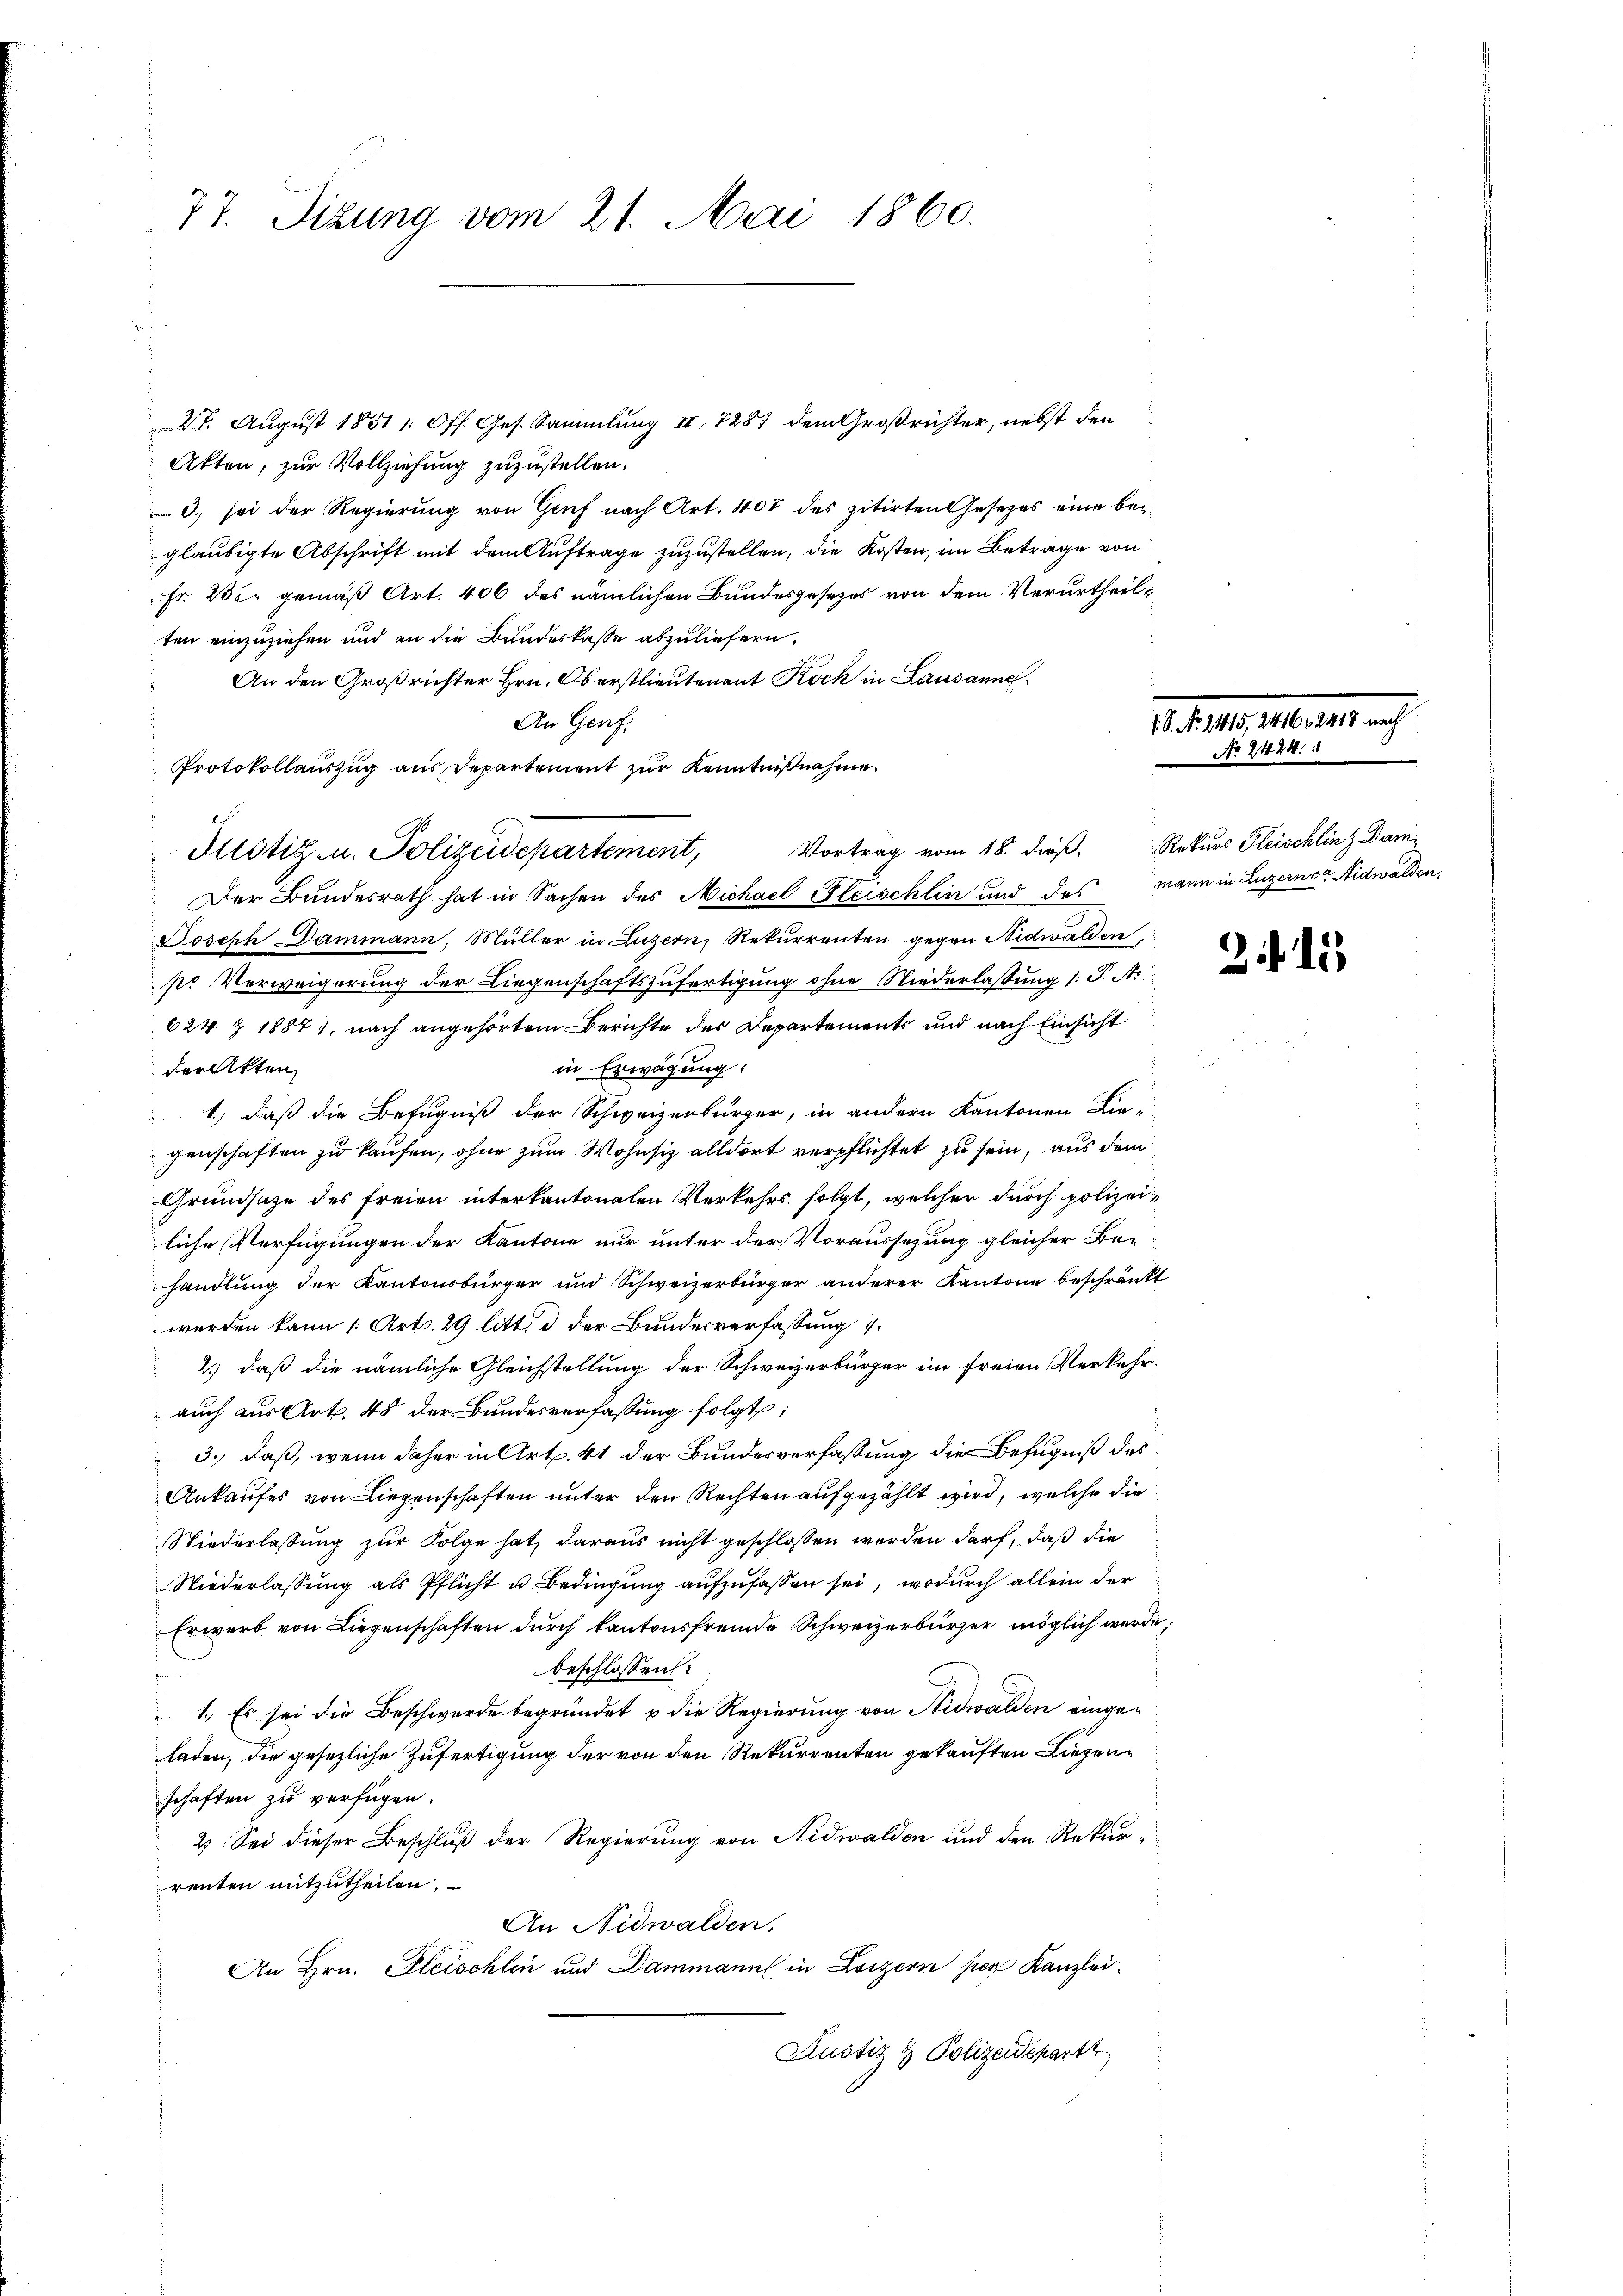
77. Sizung vom 21. Mai 1860.

27. August 1851 1: Off. Ges. Sammlung II 7281 dem Großrichter, nebst den
Akten, zur Vollziehung zuzustellen.
0. sei der Regierung von Genf nach Art. 407 des zitirten Gesetzes eine beigläubigte Abschrift mit dem Auftrage zuzustellen, die Kosten, im Betrage von
Fr. 25. gemäß Art. 406 des nämlichen Bundesgesezes von dem Verurtheilten einzuziehen und an die Bundeskasse abzuliefern.
An den Großrichter Hrn. Oberstlieutenant Koch in Lausanne
An Genf.
Protokollauszug aus Departement zur Kenntnißnahme.
Vortrag vom 18. dieß.
Der Bundesrath hat in Sachen des Nichael Fleischlin und das mann in Luzerner Nidwalden,
Joseph Dammann, Müller in Luzern, Rekurrenten gegen Nidwalden,
pr Verweigerung der Liegenschaftszufertigung ohne Niederlaßung l. J. A.
624 § 18871, nach angehörtem Berichte des Departements und nach Einsicht
der Akten
in Erwägung:
1.) Daß die Befugniß der Schweizerbürger, in andern Kantonen Liegenschaften zu kaufen, ohne zum Wohnsitz alldort verpflichtet zu sein, aus dem
Grundsaze des freien interkantonalen Verkehrs folgt, welcher durch polizeiliche Verfügungen der Kantone nur unter der Voraussezung gleicher Behandlung der Kantonsbürger und Schweizerbürger anderer Kantone beschränkt
werden kann 1. Art. 29 litt. d der Bundesverfassung
2.) daß die nämliche Gleichstellung der Schweizerbürger im freien Verkehr-
auch aus Art. 48 der Bundesverfassung folgt:
3., daß, wenn daher in Art. 41 der Bundesverfassung die Befugniß des
Ankaufes von Liegenschaften unter den Rechten aufgezählt wird, welche die
Niederlassung zur Folge hat, daraus nicht geschlossen werden darf, daß die
Niederlassung als Pflicht u. Bedingung aufzufassen sei, wodurch allein der
Erwerb von Liegenschaften durch kantonsfremde Schweizerbürger möglich werde;
beschlossen:
1. Es sei die Beschwerde begründet u die Regierung von Nidwalden eingeladen, die gesezliche Zufertigung der von den Rekurrenten gekauften Liegenschaften zu verfügen.
2) Sei dieser Beschluß der Regierung von Nidwalden und den Rekurrenten mitzutheilen.
An Nidwalden.
An Hrn. Gleischlen und Dammann in Loizern hier Kanzlei.
Justiz & Polizeidepart

Justiz- u. Polizeidepartement,

Festelletter
No 2424

Rekurs Fleischling Dam

215